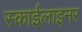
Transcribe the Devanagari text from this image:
स्काईलाइनर